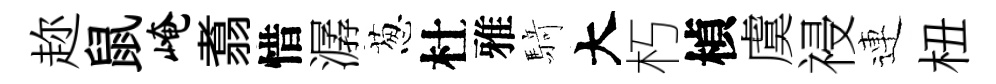
趂鼠崦翥惜潺葱杜雅𮪍大朽楨虞祲連杻